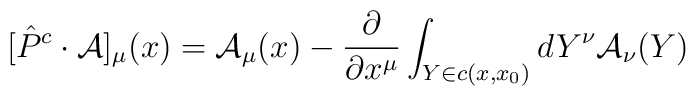
[\hat{P}^{c} \cdot {\cal A}]_{\mu}(x) = {\cal A}_{\mu}(x) -\frac{\partial}{\partial x^{\mu}} \int_{Y \in c(x,x_{0})} dY^{\nu}{\cal A}_{\nu}(Y)